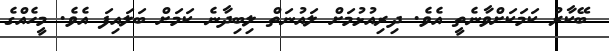
ބޭކާރު ކަމަކަށްވާނެތީ އެވެ. ދިރިއުޅުމަށް ލައުނަތް ލިބިދާނެ ކަމަށް ބަލައިފަ އެވެ. މީހެއްގެ